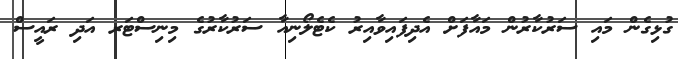
ގުޅިގެން މައި ސަރުކާރުން މައާފަށް އެދިފައިވާއިރު ކެޓެލޯނިއާ ސަރުކާރުގެ މިނިސްޓަރ އަދި ރައީސް